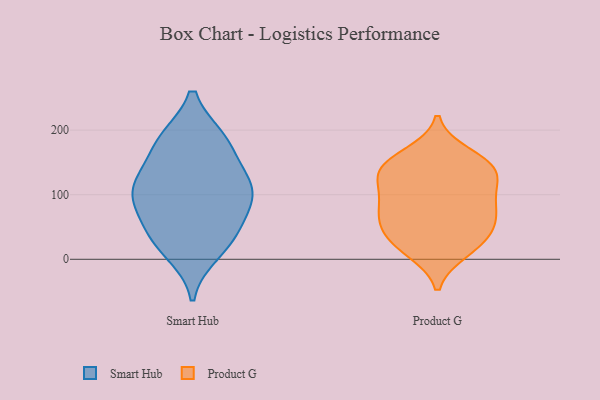
{"axis": {"x": "Budget (USD K)", "y": "Value"}, "legend": ["Product G", "Smart Hub"], "data": [{"x": "", "y": 182, "type": "Smart Hub"}, {"x": "", "y": 99, "type": "Smart Hub"}, {"x": "", "y": 85, "type": "Smart Hub"}, {"x": "", "y": 122, "type": "Smart Hub"}, {"x": "", "y": 106, "type": "Smart Hub"}, {"x": "", "y": 32, "type": "Smart Hub"}, {"x": "", "y": 131, "type": "Smart Hub"}, {"x": "", "y": 184, "type": "Smart Hub"}, {"x": "", "y": 55, "type": "Smart Hub"}, {"x": "", "y": 185, "type": "Smart Hub"}, {"x": "", "y": 11, "type": "Smart Hub"}, {"x": "", "y": 104, "type": "Smart Hub"}, {"x": "", "y": 34, "type": "Smart Hub"}, {"x": "", "y": 49, "type": "Product G"}, {"x": "", "y": 19, "type": "Product G"}, {"x": "", "y": 162, "type": "Product G"}, {"x": "", "y": 96, "type": "Product G"}, {"x": "", "y": 134, "type": "Product G"}, {"x": "", "y": 128, "type": "Product G"}, {"x": "", "y": 13, "type": "Product G"}, {"x": "", "y": 144, "type": "Product G"}, {"x": "", "y": 102, "type": "Product G"}, {"x": "", "y": 146, "type": "Product G"}, {"x": "", "y": 79, "type": "Product G"}, {"x": "", "y": 48, "type": "Product G"}, {"x": "", "y": 76, "type": "Product G"}, {"x": "", "y": 140, "type": "Product G"}, {"x": "", "y": 28, "type": "Product G"}, {"x": "", "y": 64, "type": "Product G"}]}